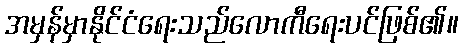
အမှန်မှာနိုင်ငံရေးသည်လောကီရေးပင်ဖြစ်၏။